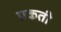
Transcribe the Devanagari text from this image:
प्रकती